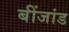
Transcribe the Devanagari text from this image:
बींजांड